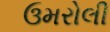
ઉમરોલી